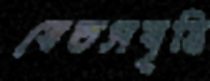
বেতসবৃত্তি